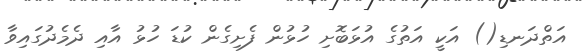
އަތްދަނޑި() އަކީ އަތުގެ އުޅަބޮށި ހުޅުން ފެށިގެން ކުޑަ ހުޅު އާއި ދެމެދުގައިވާ